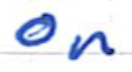
Text: on
Cross-out: clean
Writing tool: ballpoint